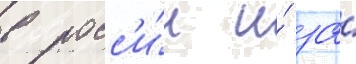
в росс'и́и и́ за́